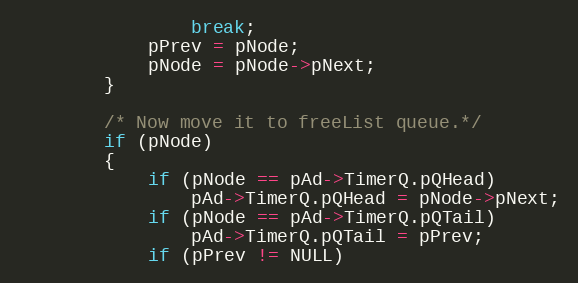
Language: C
				break;
			pPrev = pNode;
			pNode = pNode->pNext;
		}

		/* Now move it to freeList queue.*/
		if (pNode)
		{
			if (pNode == pAd->TimerQ.pQHead)
				pAd->TimerQ.pQHead = pNode->pNext;
			if (pNode == pAd->TimerQ.pQTail)
				pAd->TimerQ.pQTail = pPrev;
			if (pPrev != NULL)